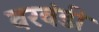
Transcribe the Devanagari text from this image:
वरवंडी